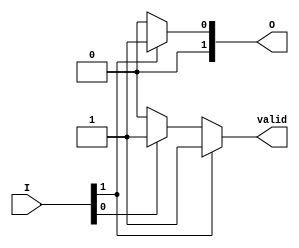
module binary_encoder (
    input wire [1:0] I,    // 2 input lines: I0, I1
    output reg [1:0] O,     // 2-bit binary output: O0, O1
    output reg valid        // Indicates if the output is valid (1 if valid, 0 if no inputs are active)
);

always @(*) begin
    // Default values
    O = 2'b00;              // Default output
    valid = 1'b0;          // Default valid signal

    // Priority encoding logic
    if (I[1]) begin
        O = 2'b01;         // I1 is active
        valid = 1'b1;     // Output is valid
    end else if (I[0]) begin
        O = 2'b00;         // I0 is active
        valid = 1'b1;     // Output is valid
    end
    // If both I0 and I1 are inactive, O and valid remain as initialized
end

endmodule